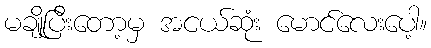
မချိုပြီးတော့မှ အငယ်ဆုံး မောင်လေးပေါ့။